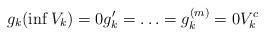
LaTeX: \begin{align*} g_k(\inf V_k) = 0 g_k' = \ldots = g_k^{(m)} = 0 V_k^c\end{align*}